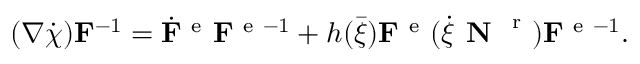
( \nabla \dot { \boldsymbol { \chi } } ) { \bf F } ^ { - 1 } = \dot { { \bf F } } ^ { \mathrm { ~ e ~ } } { \bf F } ^ { \mathrm { ~ e ~ } - 1 } + h ( \bar { \xi } ) { \bf F } ^ { \mathrm { ~ e ~ } } ( \dot { \xi } \textbf { N } ^ { \mathrm { ~ r ~ } } ) { \bf F } ^ { \mathrm { ~ e ~ } - 1 } .